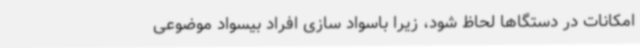
امکانات در دستگاها لحاظ شود، زیرا باسواد سازی افراد بیسواد موضوعی